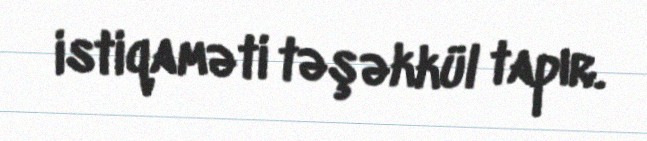
istiqaməti təşəkkül tapır.